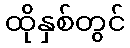
ထိုနှစ်တွင်